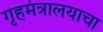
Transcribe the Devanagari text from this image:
गृहमंत्रालयाचा